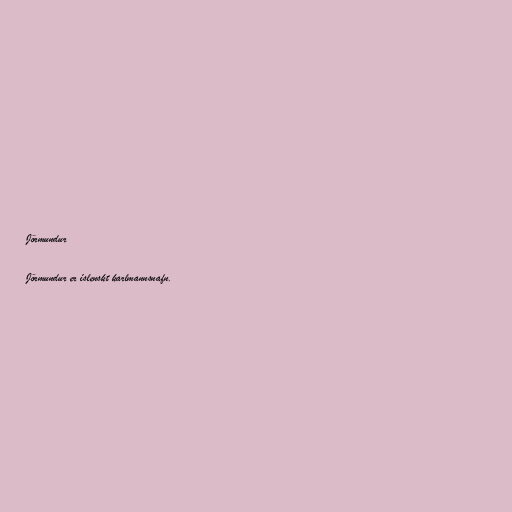
Jörmundur

Jörmundur er íslenskt karlmannsnafn.